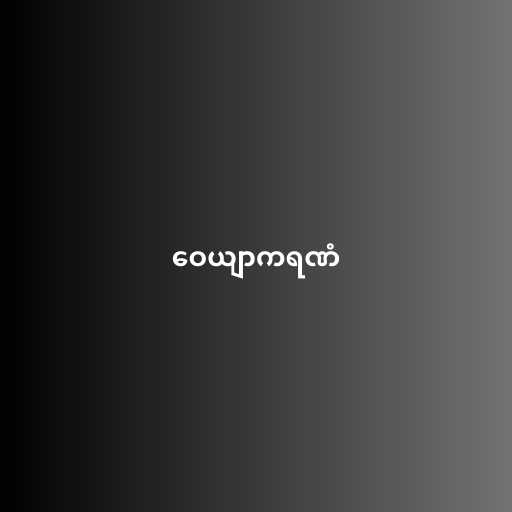
ဝေယျာကရဏံ